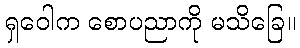
ရှဝေါက စောပညာကို မသိခြေ။